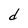
Character: d